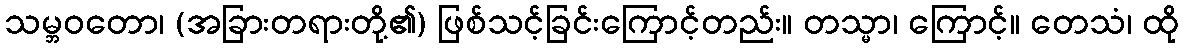
သမ္ဘဝတော၊ (အခြားတရားတို့၏) ဖြစ်သင့်ခြင်းကြောင့်တည်း။ တသ္မာ၊ ကြောင့်။ တေသံ၊ ထို